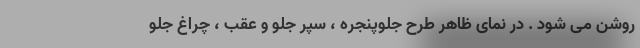
روشن می شود . در نمای ظاهر طرح جلوپنجره ، سپر جلو و عقب ، چراغ جلو